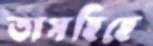
তাসহিহে